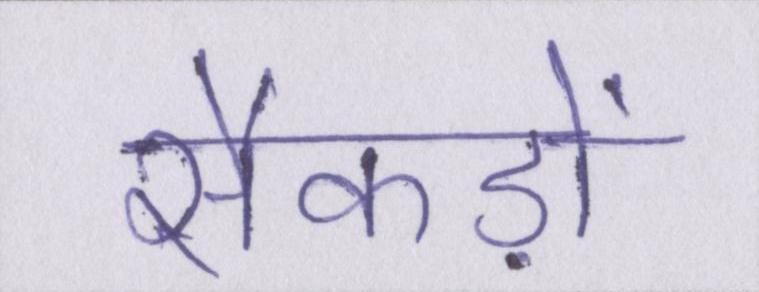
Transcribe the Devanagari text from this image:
सैकड़ों